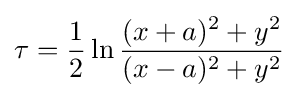
\tau ={\frac {1}{2}}\ln {\frac {(x+a)^{2}+y^{2}}{(x-a)^{2}+y^{2}}}